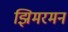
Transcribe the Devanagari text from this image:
झिमरमन